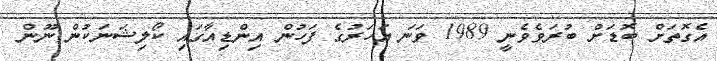
އެގޮތަށް ބޮޑަށް ބުރަވެވެނީ 1989 ވަނަ އަހަރުގެ ފަހުން އިންޑިއާގައި ކޯލިޝަނަކުން ނޫން